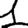
Digit: 1